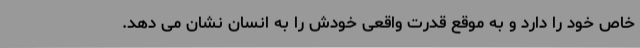
خاص خود را دارد و به موقع قدرت واقعی خودش را به انسان نشان می دهد.